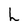
Character: h